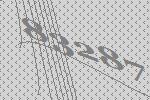
83287